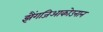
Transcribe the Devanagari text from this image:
झैंगजिआकोउनान